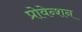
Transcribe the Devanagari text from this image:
प्रोवेन्शन